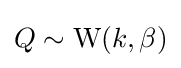
Q\sim \mathrm {W} (k,\beta )